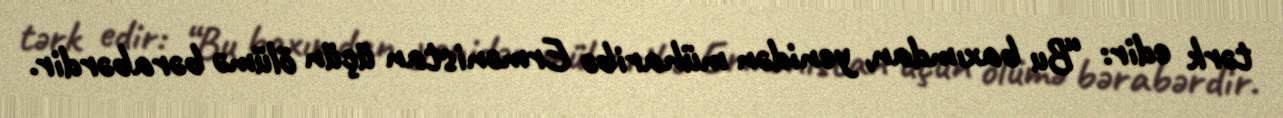
tərk edir: “Bu baxımdan, yenidən müharibə Ermənistan üçün ölümə bərabərdir.